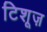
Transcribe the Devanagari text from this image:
टिशूज़